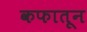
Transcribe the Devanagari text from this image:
कफातून